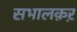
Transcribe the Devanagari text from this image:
सभालक़ऱ